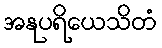
အနုပရိယေသိတံ